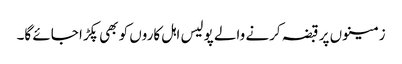
زمینوں پر قبضہ کرنے والے پولیس اہل کاروں کو بھی پکڑا جائے گا۔